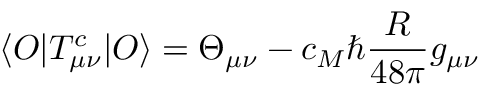
\langle O \vert T _ { \mu \nu } ^ { c } \vert O \rangle = \Theta _ { \mu \nu } - c _ { M } \hbar { \frac { R } { 4 8 \pi } } g _ { \mu \nu }